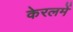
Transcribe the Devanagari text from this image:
केरलमें